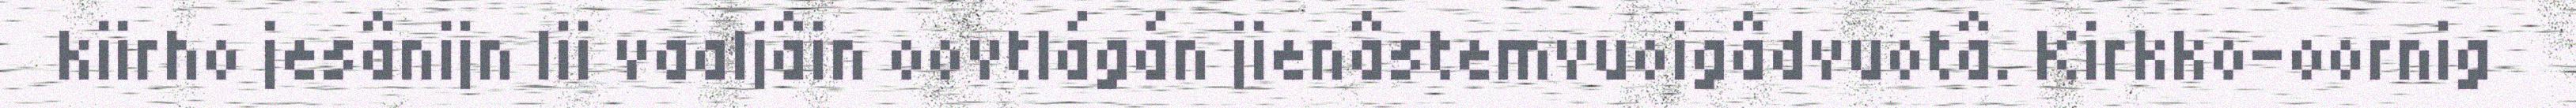
kiirho jesânijn lii vaaljâin oovtlágán jienâstemvuoigâdvuotâ. Kirkko-oornig